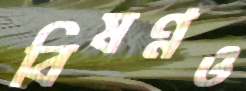
বিষণ্নও